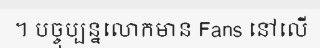
។ បច្ចុប្បន្នលោកមាន Fans នៅលើ